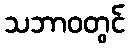
သဘာဝတွင်